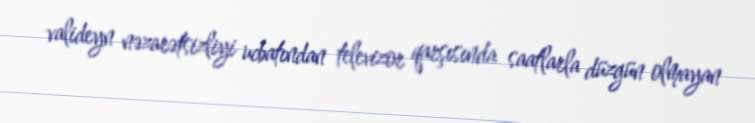
valideyn nəzarətsizliyi ucbatından televizor qarşısında saatlarla düzgün olmayan